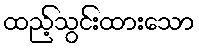
ထည့်သွင်းထားသော